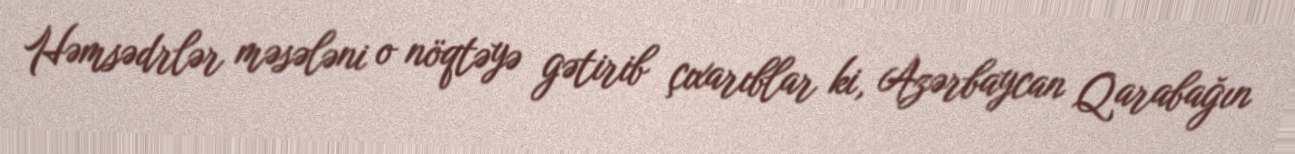
Həmsədrlər məsələni o nöqtəyə gətirib çıxarıblar ki, Azərbaycan Qarabağın